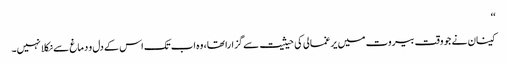
‘‘
کینان نے جو وقت بیروت میں یرغمالی کی حیثیت سے گزارا تھا، وہ اب تک اس کے دل و دماغ سے نکلا نہیں۔